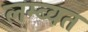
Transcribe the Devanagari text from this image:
लम्ब्वत